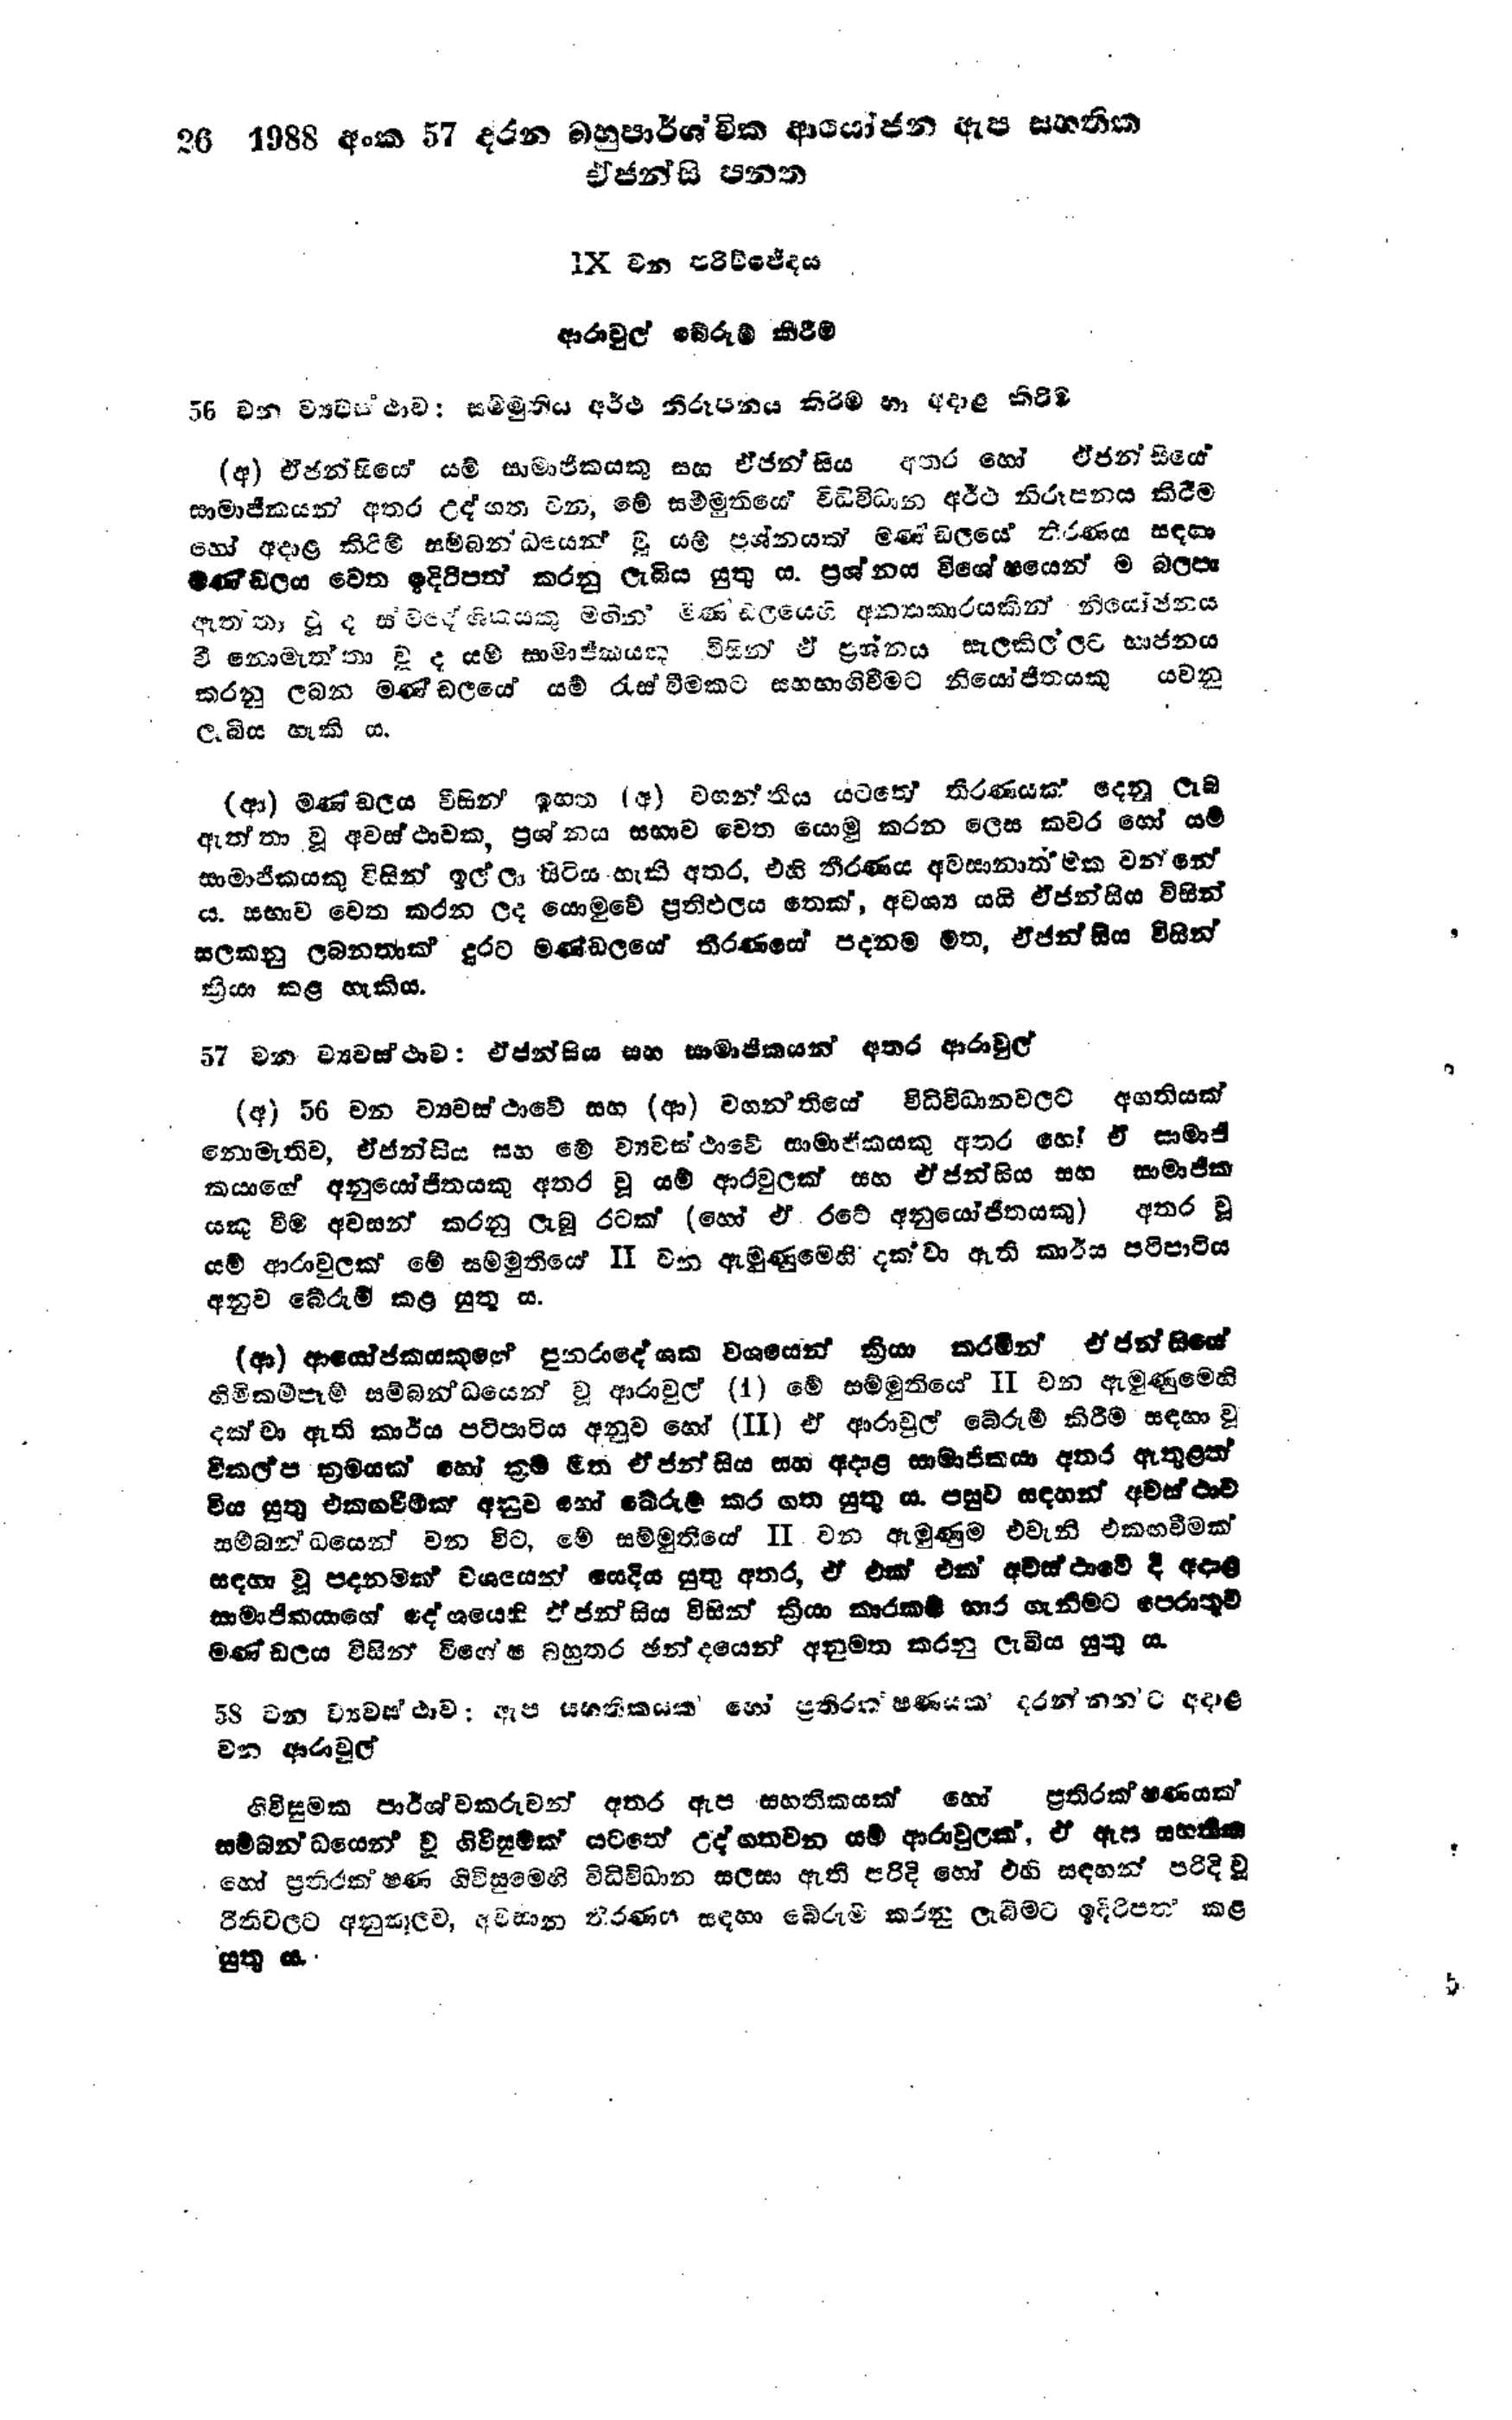
26 1988 අංක 57 දරන බහුපාර්ශ්වික ආයෝජන ඇප සහතික
ඒජන්සි පන්ත

IX වන පරිච්ජේදය

ආරාවුල් බේරුම් කිරීම

56 වන ව්‍යවස්ථාව: සම්මුතිය අර්ථ නිරූපනය කිරීම හා අදාළ කිරීම

(අ) ඒජන්සියේ යම් සාමාජිකයකු සහ ඒජන්සිය අතර හෝ ඒජන්සියේ
සාමාජිකයන් අතර උද්ගත වන, මේ සම්මුතියේ විධිවිධාන අර්ථ නිරූපනය කිරීම
හෝ අදාළ කිරීම් සම්බන්ධයෙන් වූ යම් ප්‍රශ්නයක් මණණ්ඩලයේ නිරණය සඳහා
මණ්ඩලය වෙත ඉදිරිපත් කරනු ලැබිය යුතු ය. ප්‍රශ්නය විශේෂයෙන් ම බලපා
ඇතතා වූ ද ස්වදේශිකයකු මඟින් මණ්ඩලයෙහි අන්‍යාකාරයකින් නියෝජනය
වී නොමැත්තා වූ ද යම් සාමාජිකයකු විසින් ඒ ප්‍රශ්නය සැලකිල්ලට භාජනය
කරනු ලබන මණ්ඩලයේ යම් රැස්වීමකට සහභාගි වීමට නියෝජිතයකු යවනු
ලැබිය හැකි ය.

(ආ) මණ්ඩලය විසින් ඉහත (අ) වගන්තිය යටතේ තීරණයක් දෙනු ලැබ
ඇත්තා වූ අවස්ථාවක, ප්‍රශ්නය සභාව වෙත යොමු කරන ලෙස කවර හෝ යම්
සාමාජිකයකු විසින් ඉල්ලා සිටිය හැකි අතර, එහි තීරණය අවසානාත්මක වන්නේ
ය. සභාව වෙත කරන ලද යොමුවේ ප්‍රතිඵලය තෙක්, අවශ්‍ය යයි ඒජන්සිය විසින්
සලකනු ලබනතාක් දුරට මණ්ඩලයේ තීරණයේ පදනම මත, ඒජන්සිය විසින්
ක්‍රියා කළ හැකිය.

57 වන ව්‍යවස්ථාව : ඒජන්සිය සහ සාමාජිකයන් අතර ආරවුල්

(අ) 56 වන ව්‍යවස්ථාවේ සහ (ආ) වගන්තියේ විධිවිධාන වලට අගතියක්
නොමැතිව, ඒජන්සිය සහ මේ ව්‍යවස්ථාවේ සාමාජිකයෙකු අතර හෝ ඒ සාමාජි
කයාගේ අනුයෝජිතයකු අතර වූ යම් ආරවුලක් සහ ඒ ජන්සිය සහ සාමාජික
යකු වීම අවසන් කරනු ලැබූ රටක් (හෝ ඒ රටේ අනුයෝජිතයකු) අතර වූ
යම් ආරාවුලක් මේ සම්මුතියේ Ⅱ වන ඇමුණුමෙහි දක්වා ඇති කාර්ය පටිපාටිය
අනුව බේරුම් කළ යුතු ය.

(ආ) ආයෝජකයකුගේ පුනරාදේශක වශයෙන් ක්‍රියා කරමින් ඒජන්සියේ
හිමිකපෑම් සම්බන්ධයෙන් වූ ආරාවුල් (1) මේ සම්මුතියේ II වන ඇමුණුමෙහි
දක්වා ඇති කාර්ය පටිපාටිය අනුව හෝ (II) ඒ ආරාවුල් බේරුම් කිරීම සඳහා වූ
විකල්ප ක්‍රමයක් හෝ ක්‍රම මත ඒ ජන්සිය සහ අදාළ සාමාජිකයා අතර ඇතුළත්
විය යුතු එකඟවීමක් අනුව හෝ බේරුම් කර ගත යුතු ය.පසුව සඳහන් අවස්ථාව
සම්බන්ධයෙන් වන විට, මේ සම්මුතියේ II වන ඇමුණුම එවැනි එකඟවීමක්
සඳහා වූ පදනමක් වශයෙන් යෙදිය යුතු අතර, ඒ එක් එක් අවස්ථාවේ දී අදාළ
සාමාජිකයාගේ දේශයෙහි ඒජන්සිය විසින් ක්‍රියා කාරකම් භාර ගැනීමට පෙරාතුව
මණ්ඩලය විසින් විශේෂ බහුතර ඡන්දයෙන් අනුමත කරනු ලැබිය යුතු ය.

58 වන ව්‍යවස්ථාව: ඇප සහතිකයක්  හෝ ප්‍රතිරක්ෂණයක් දරන්නන්ට අදාළ
වන ආරාවුල්

ගිවිසුමක පාර්ශ්වකරුවන් අතර ඇප සහතිකයක් හෝ ප්‍රතිරක්ෂණයක්
සම්බන්ධයෙන් වූ ගිවිසුමක් යටතේ උද්ගතවන යම් ආරාවුලක්, ඒ ඇප සහතික
හෝ ප්‍රතිරක්ෂණ ගිවිසුමෙහි විධිවිධාන සලසා ඇති පරිදි හෝ එහි සඳහන් පරිදි වු
රීතිවලට අනුකූලව, අවසාන තීරණය සඳහා බේරුම් කරනු ලැබීමට ඉදිරිපත් කළ
යුතු ය.